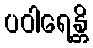
ပဝါရေန္တိ